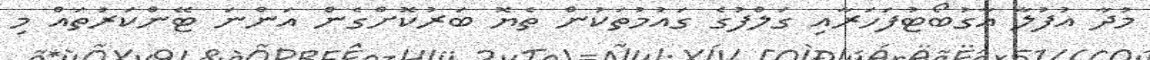
މުދާ އުފުލާ އާގުބޯޓުފަހަރާއި ގަލްފުގެ ގައުމުތަކުން ތެޔޮ ބަރުކޮށްގެން އަންނަ ޓޭންކަރުތައް މި